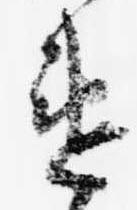
違